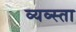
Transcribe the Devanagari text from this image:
व्यव्स्ता